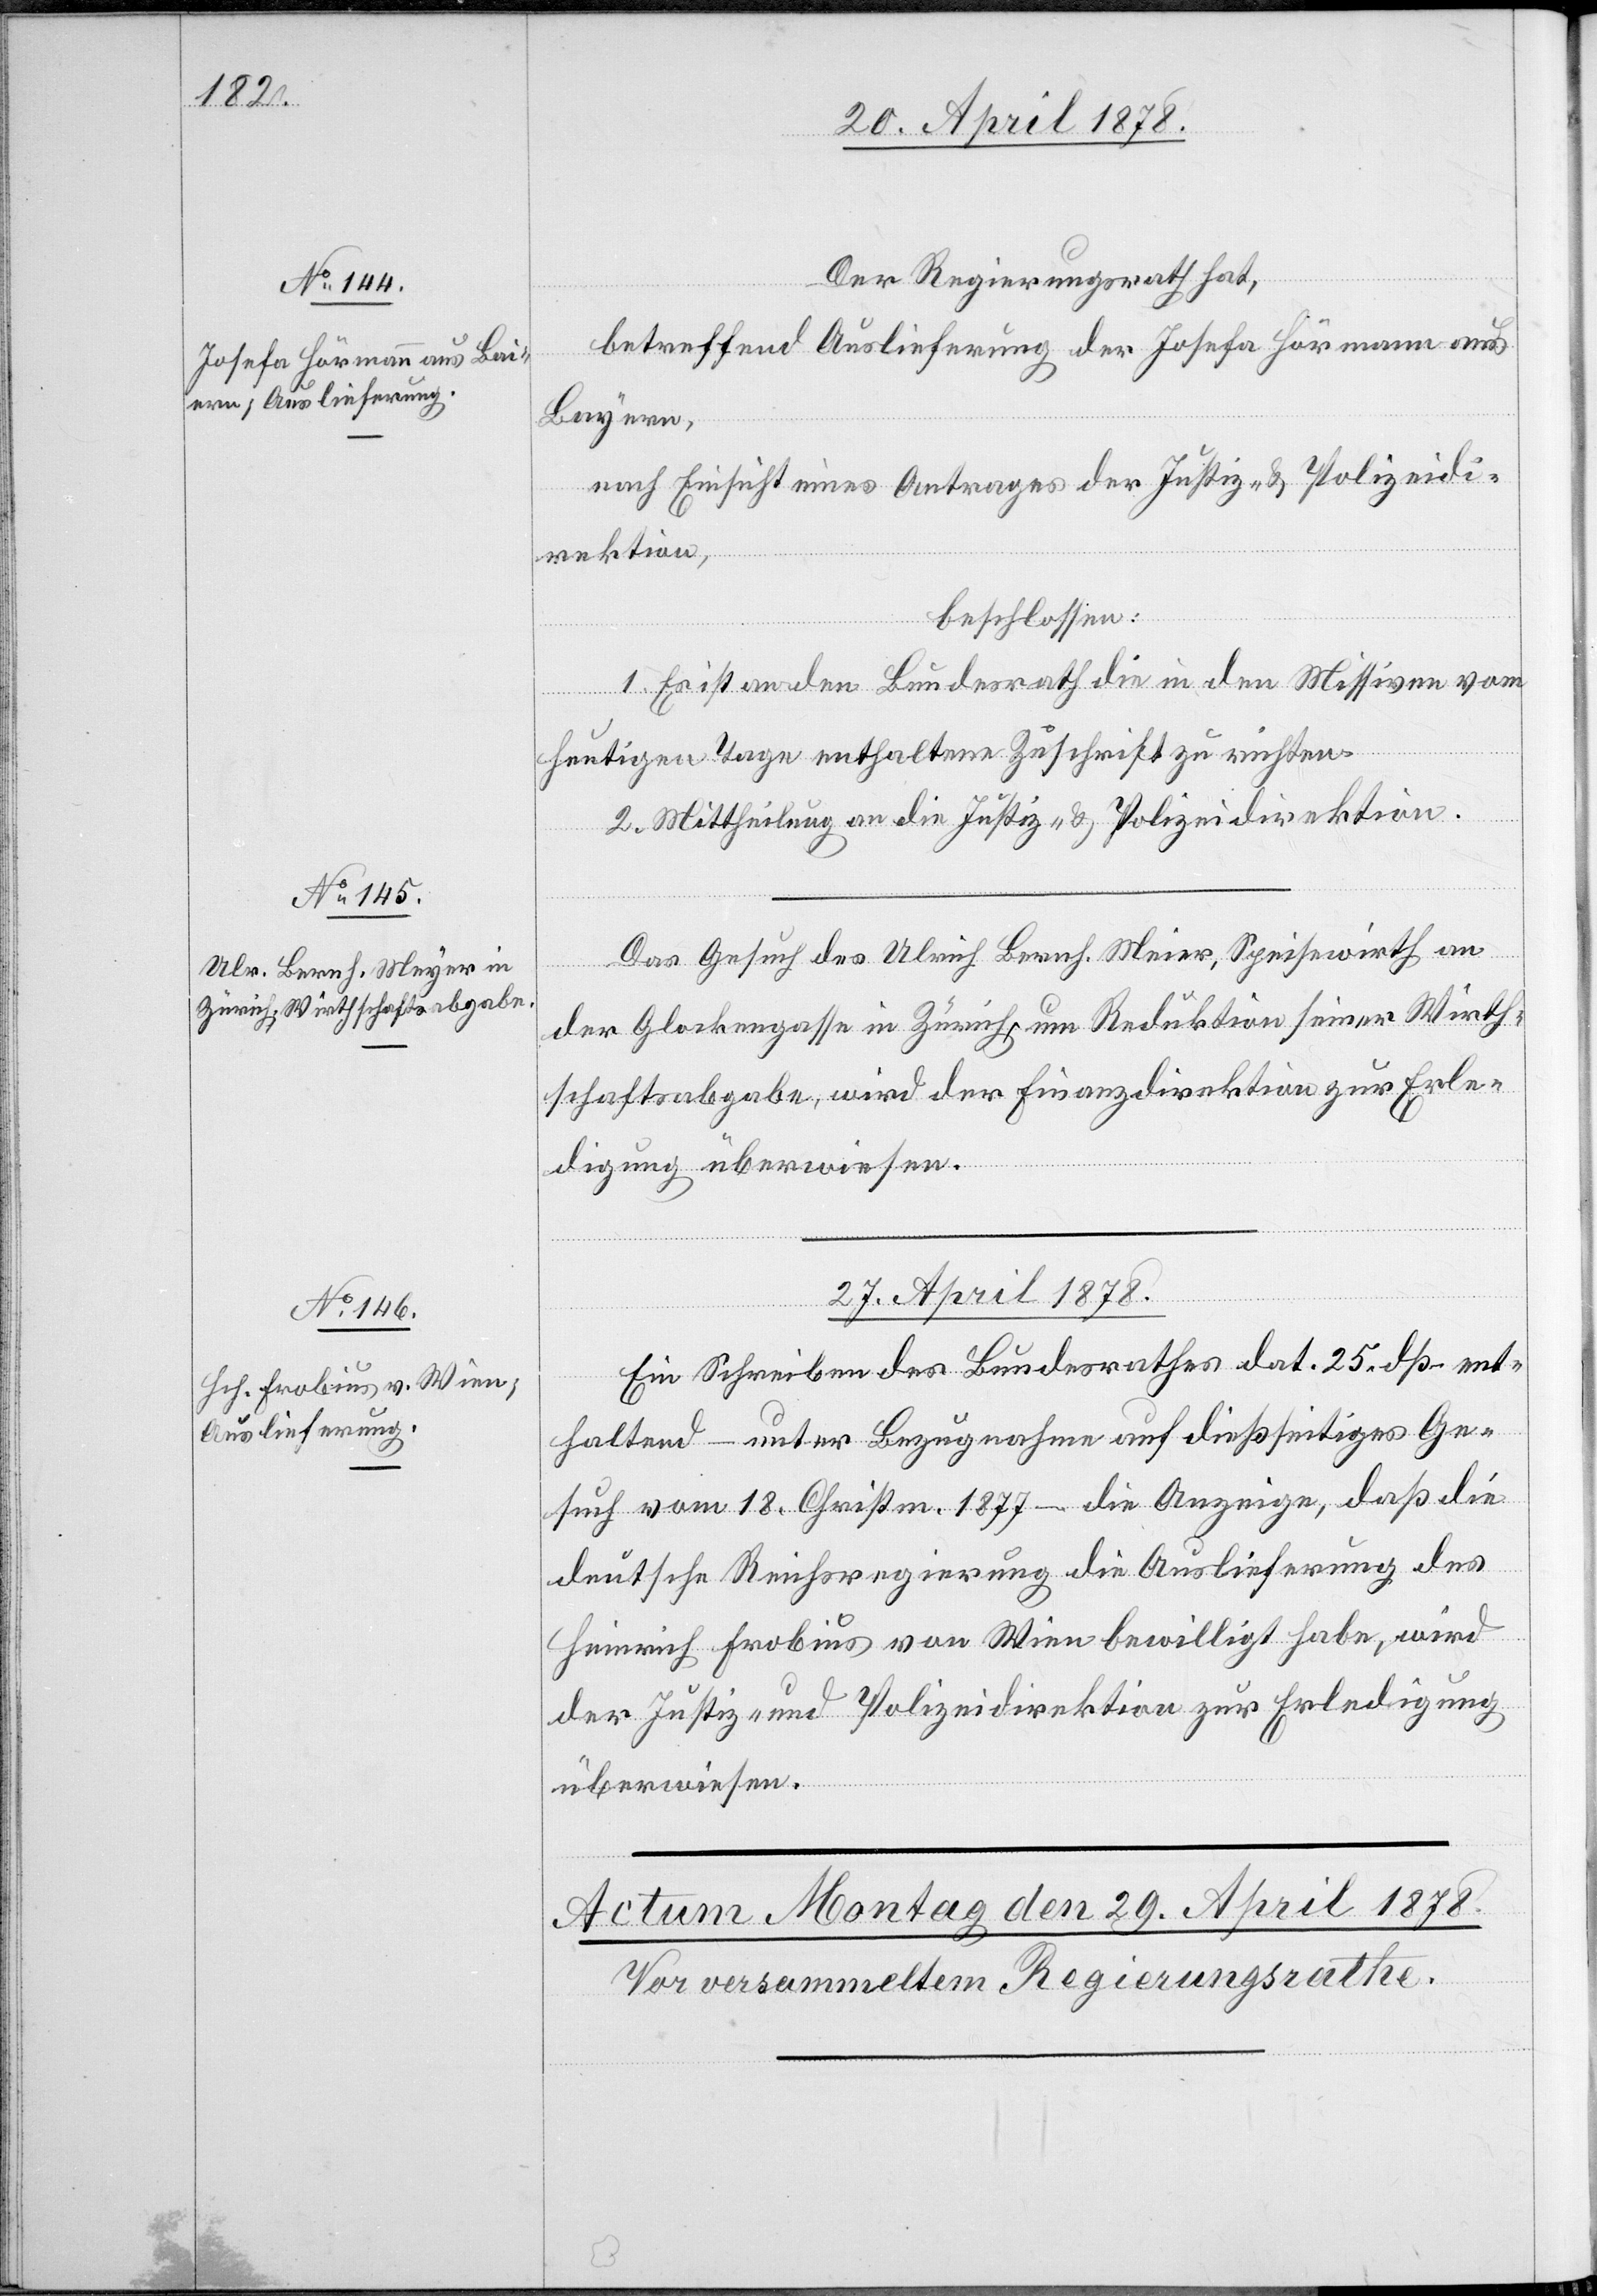
24. April 1878.]
Der Regierungsrath hat,
betreffend Auslieferung der Josefa Hörmann aus
Bayern,
nach Einsicht eines Antrages der Justiz- & Polizeidi¬
rektion,
beschlossen:
1. Es ist an den Bundesrath die in den Missiven vom
heutigen Tage enthaltene Zuschrift zu richten.
2. Mittheilung an die Justiz- & Polizeidirektion.
Das Gesuch des Ulrich Bernh. Meier [sic!], Speisewirth an
der Glockengasse in Zürich um Reduktion seiner Wirth¬
schaftsabgabe, wird der Finanzdirektion zur Erle¬
digung überwiesen.
27. April 1878.
Ein Schreiben des Bundesrathes dat. 25. dß – ent¬
haltend – unter Bezugnahme auf dießseitiges Ge¬
such vom 18. Christm. 1877 – die Anzeige, daß die
deutsche Reichsregierung die Auslieferung des
Heinrich Frobius von Wien bewilligt habe, wird
der Justiz- und Polizeidirektion zur Erledigung
überwiesen.